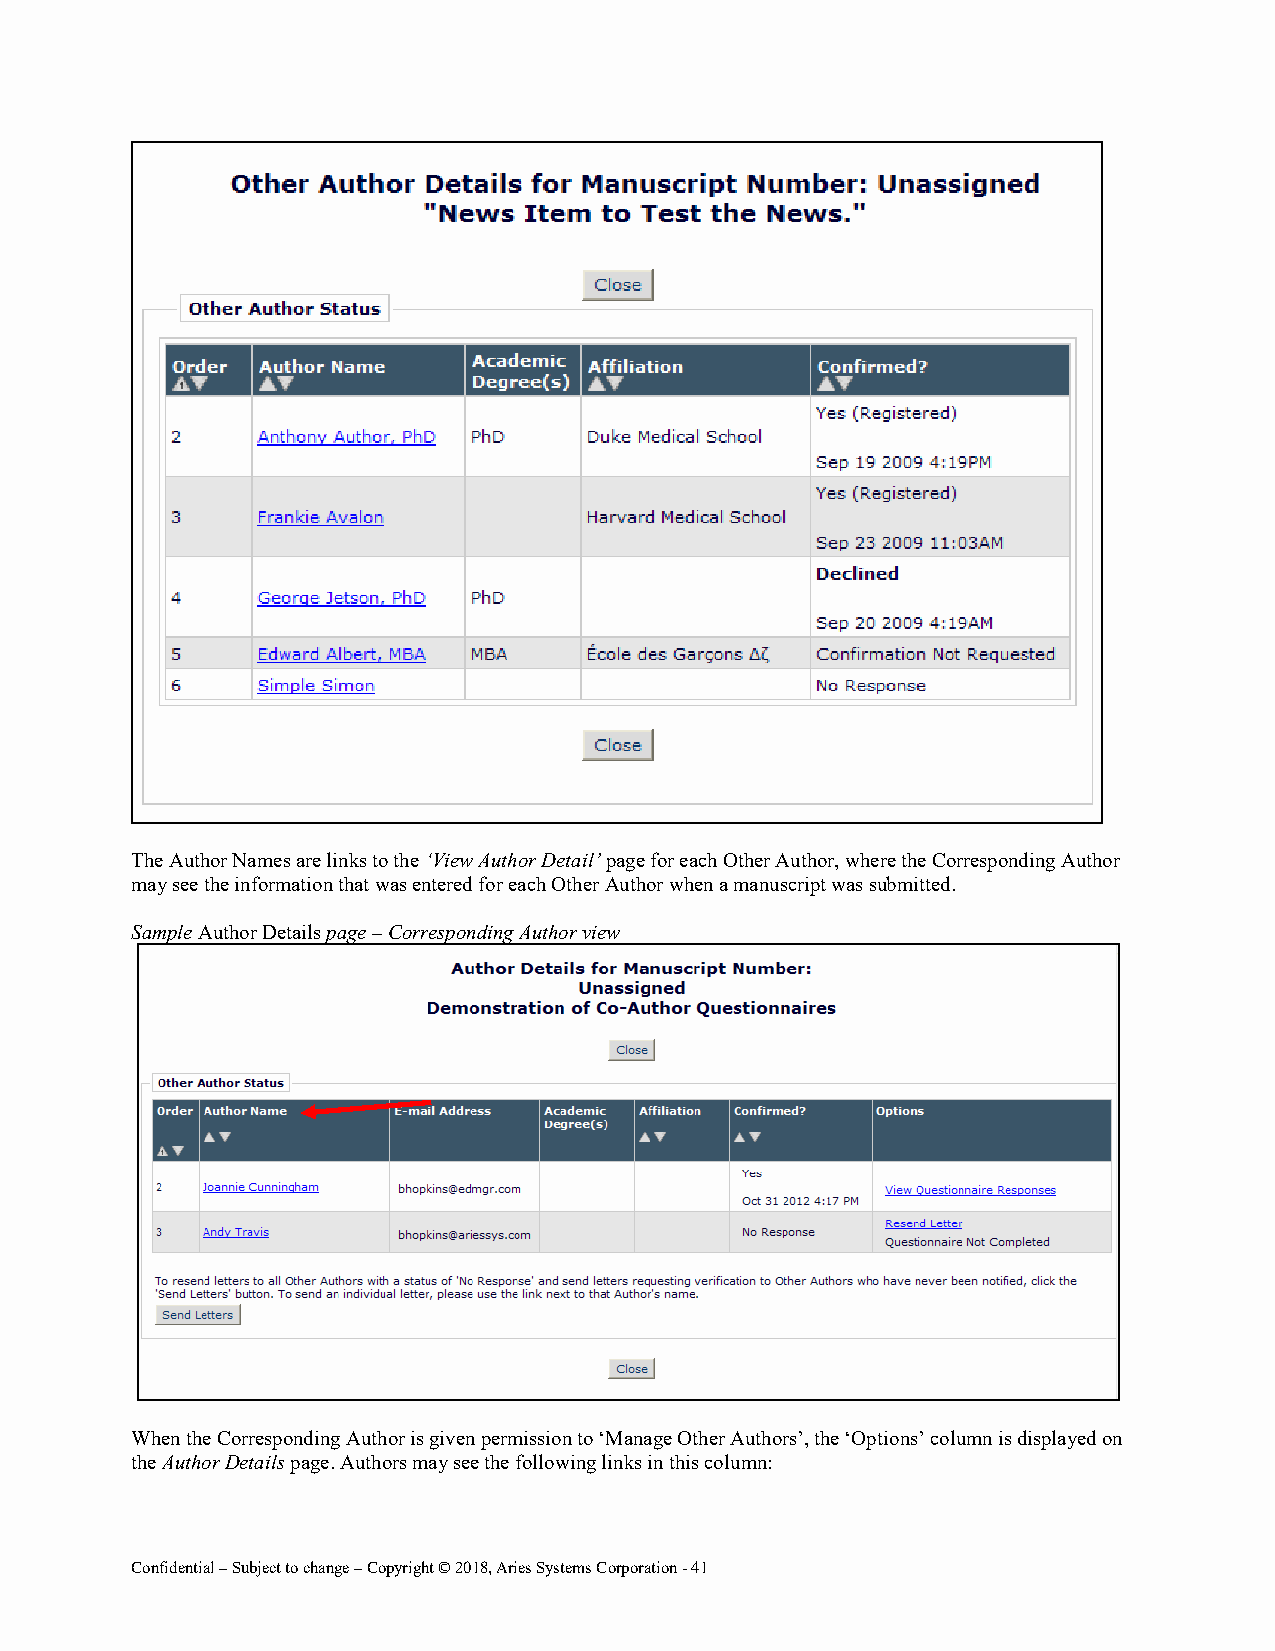
The Author Names are links to the ‘View Author Detail’ page for each Other Author, where the Corresponding Author
 may see the information that was entered for each Other Author when a manuscript was submitted.
 Sample Author Details page – Corresponding Author view
 When the Corresponding Author is given permission to ‘Manage Other Authors’, the ‘Options’ column is displayed on
 the Author Details page. Authors may see the following links in this column:
 Confidential – Subject to change – Copyright © 2018, Aries Systems Corporation - 41